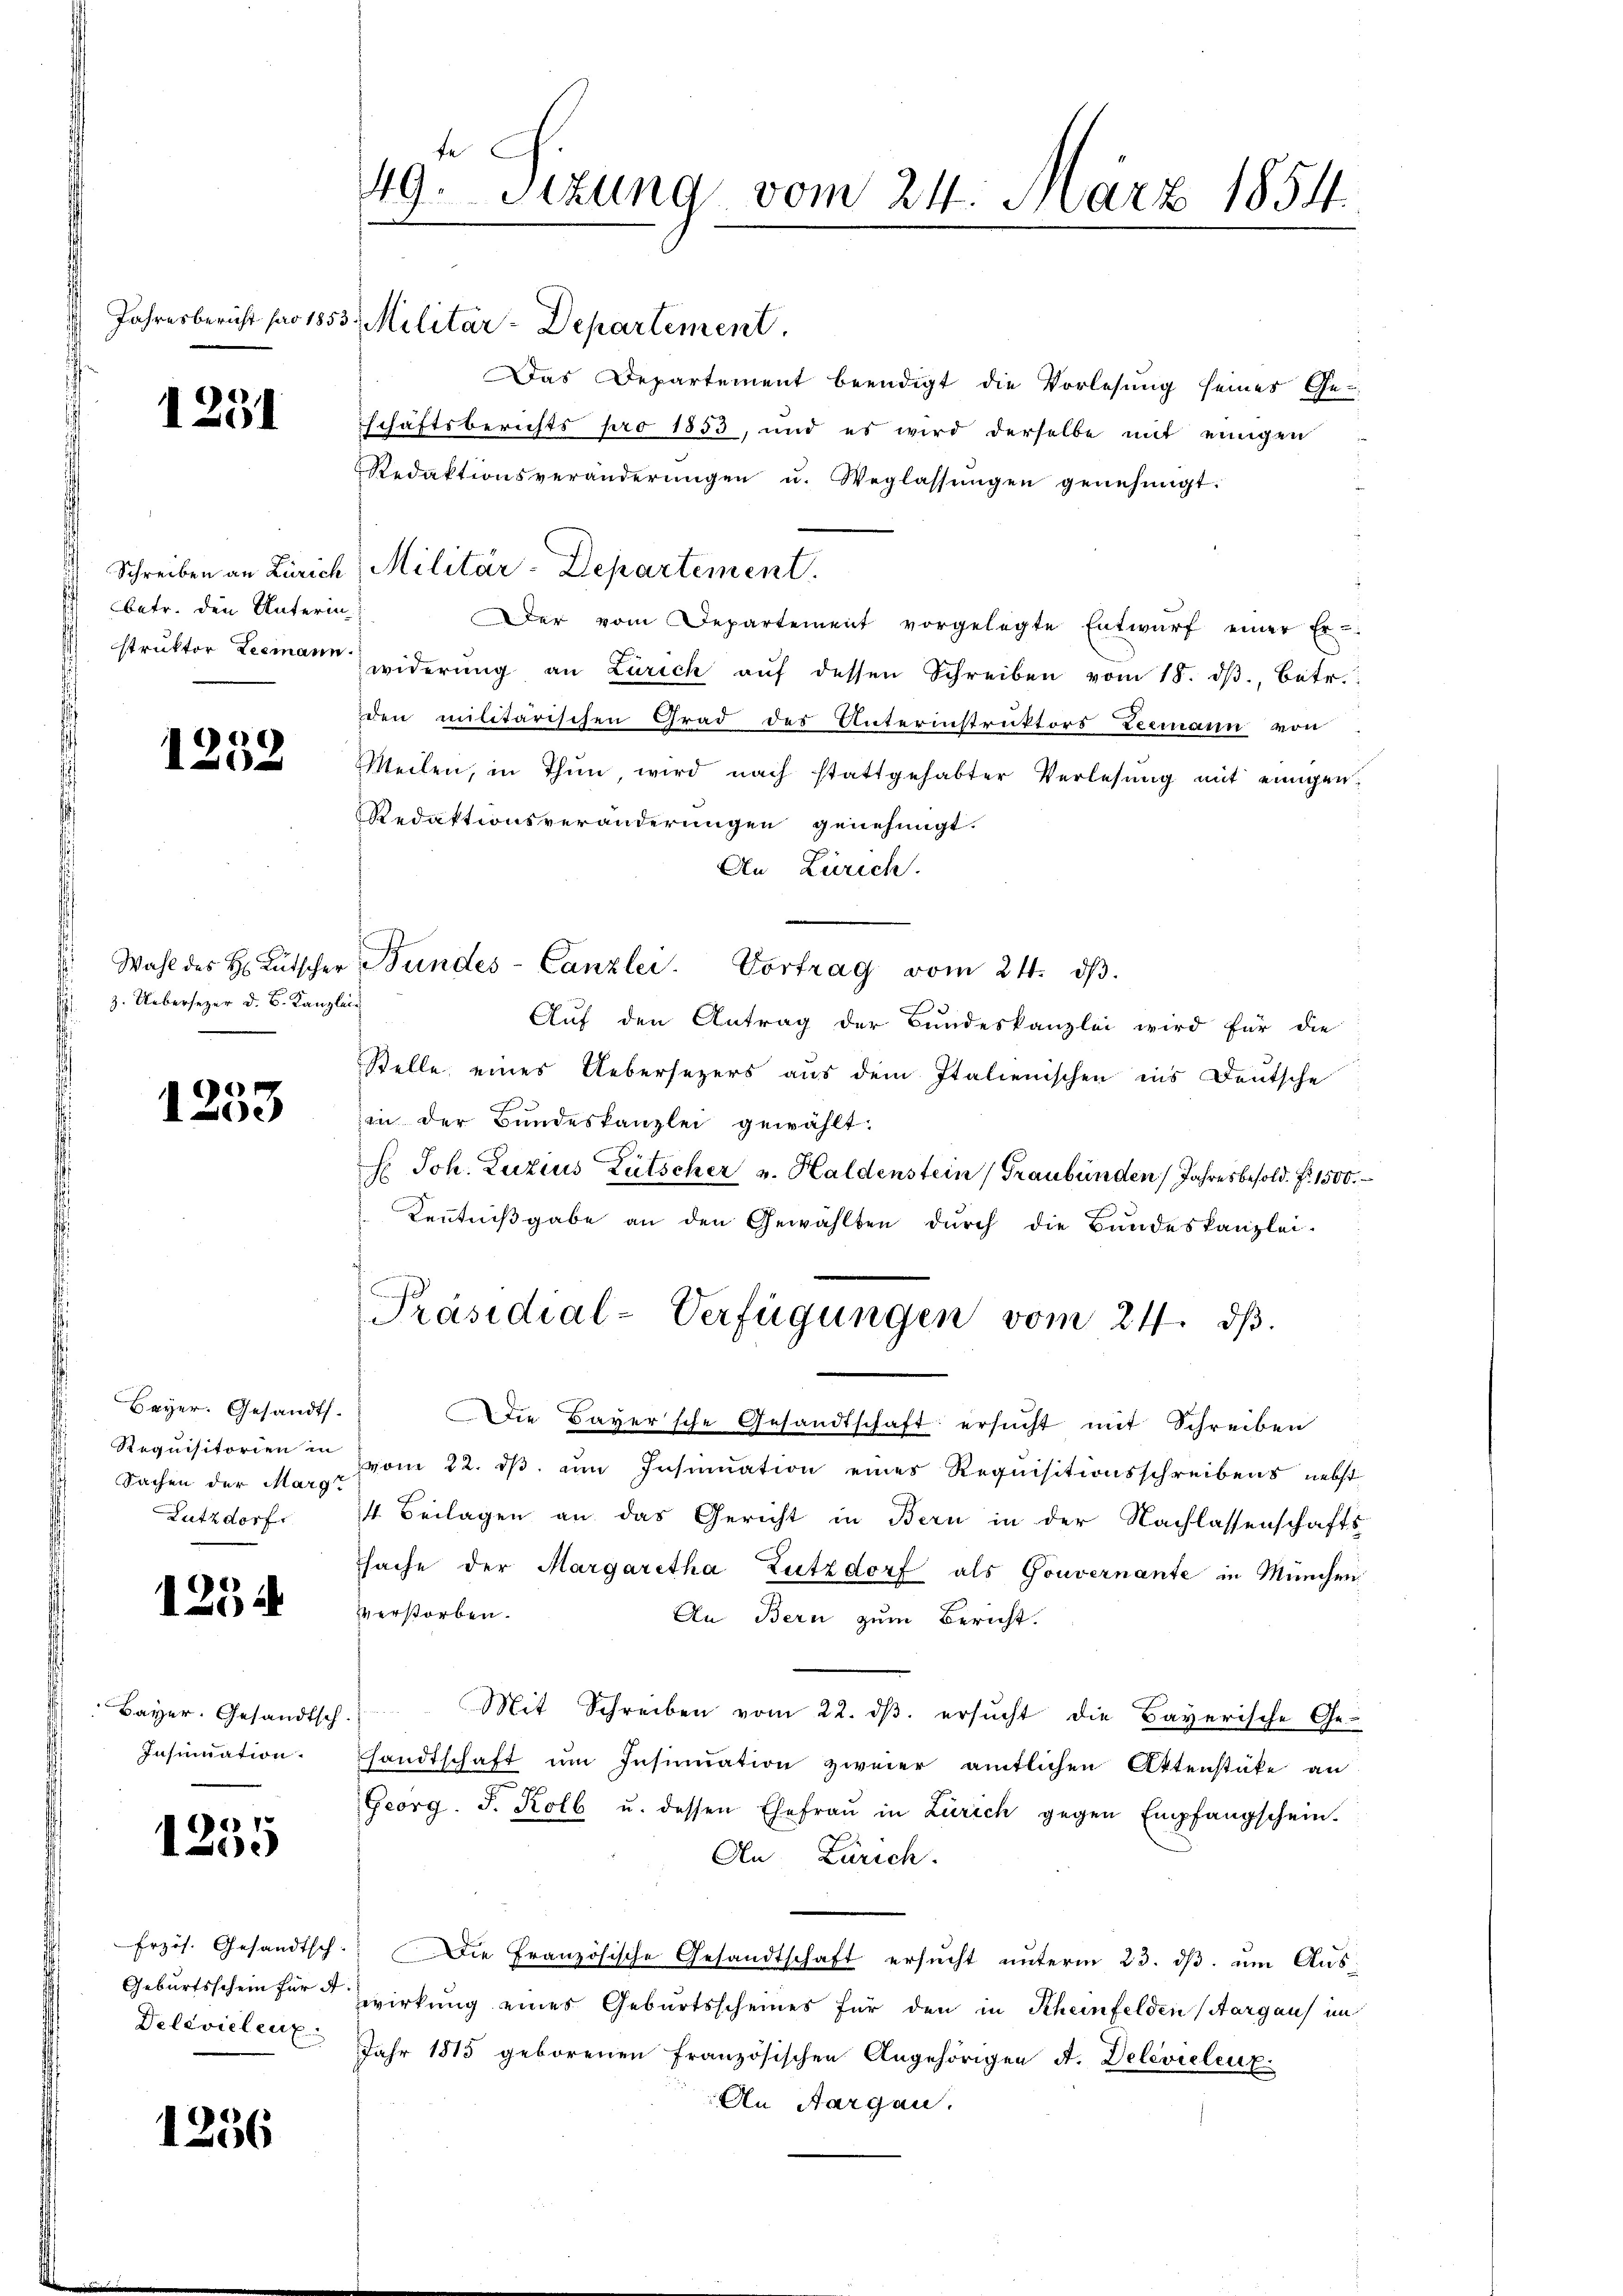
1231

Schreiben an Zürich
betr. den Unterin¬

1252

z. Uebersezer d. B. Kanzlei

9
10.)

Beyer. Gesandts.
Requisitorien in
Sachen der Marg.
Lutzdorf

1254

Bayer. Gesandtsch
Insinuation.

1235

Erzös. Gesandtsch-
Geburtsschein für A
Delevielenz

1256

f
49. Sitzung vom 24. März 1854.
Jahresbericht pro 1853, Militar-Departement.

Das Departement beendigt die Vorlesung seines Ge-
schäftsberichts pro 1853, und es wird derselbe mit einigen
Redaktionsveränderŭngen u. Weglassŭngen genehmigt.
Der vom Departement vorgelegte Entwŭrf einer Er-
struktor Leemann widerŭng an Zürich aŭf dessen Schreiben vom 18. dβ, betr.
den militärischen Grad des Unterinstruktors Teemann von
Weilen, in Thun, wird nach stattgehabter Verlesung mit einigen¬
Redaktionsveränderungen genehmigt.
An Zürich.
Wahl des H. Lütscher Bundes-Canzlei. Vortrag vom 24. dβ.
Auf den Antrag der Bundeskanzlei wird für die
Stelle eines Uebersezers aus dem Italienischen ins Deutsche
in der Bundeskanzlei gewählt.
H. Joh. Luzius Lütscher v. Haldenstein (Graubünden Jahresbesold. P. 1500.
Kenntnißgabe an den Gewählten durch die Bundeskanzlei-
Präsidial-Verfügungen vom 24. dβ.
Die Bayersche Gesandtschaft ersucht mit Schreiben
vom 22. ds. um Insinuation eines Requisitionsschreibens nebst
4. Beilagen an das Gericht in Bern in der Nachlassenschafts
sache der Margaretha Zutzdorf als Gouvernante in München
verstorben.
An Bern zum Bericht.
Mit Schreiben vom 22. dβ ersucht die Bayerische Ge-
sandtschaft ŭm Insinuation zweier amtlichen Aktenstüke an
Georg. S. Kolb u. dessen Ehefraŭ in Zürich gegen Empfangschein.
An Zürich.
Die Französische Gesandtschaft ersucht unterm 23. dβ. um Auswirkung eines Geburtsscheines für den in Rheinfelden (Aargaus im
Jahr 1815 geborenen Französischen Angehörigen A. Delevieleit
An Aargau.

Militär-Departement.